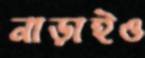
নাড়াইও